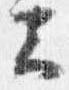
云